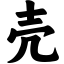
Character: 壳